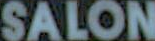
SALON